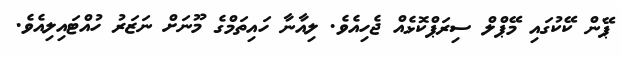
ޕޭން ކޭކުގައި މޭޕްލް ސިރަޕްކޮޅެއް ޖެހިއެވެ. ލިއާނާ ހައިތަމްގެ މޫނަށް ނަޒަރު ހުއްޓައިލިއެވެ.